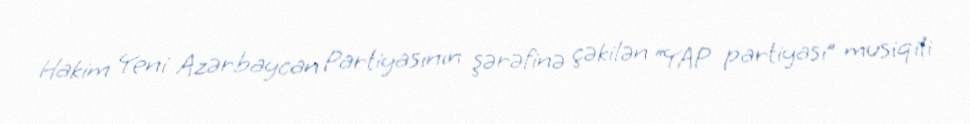
Hakim Yeni Azərbaycan Partiyasının şərəfinə çəkilən “YAP partiyası” musiqili